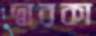
দ্বারকা